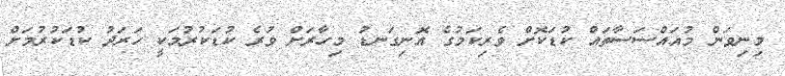
މިނިވަން މުއައްސަސާތައް ކުޑަކޮށް ވެރިކަމުގެ އޮނިގަނޑު މިހާރަށް ވުރެ ކުޑަކުރުމަކީ ހަރަދު ކުޑަކުރުމަށް